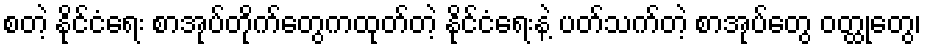
စတဲ့ နိုင်ငံရေး စာအုပ်တိုက်တွေကထုတ်တဲ့ နိုင်ငံရေးနဲ့ ပတ်သက်တဲ့ စာအုပ်တွေ ဝတ္ထုတွေ၊